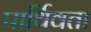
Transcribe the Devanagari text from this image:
पार्थिवता